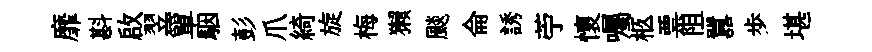
靡斟啟翌簞駰彭爪綺旋梅獺颷侖誘苧懷囑柩票阻囂歩堪